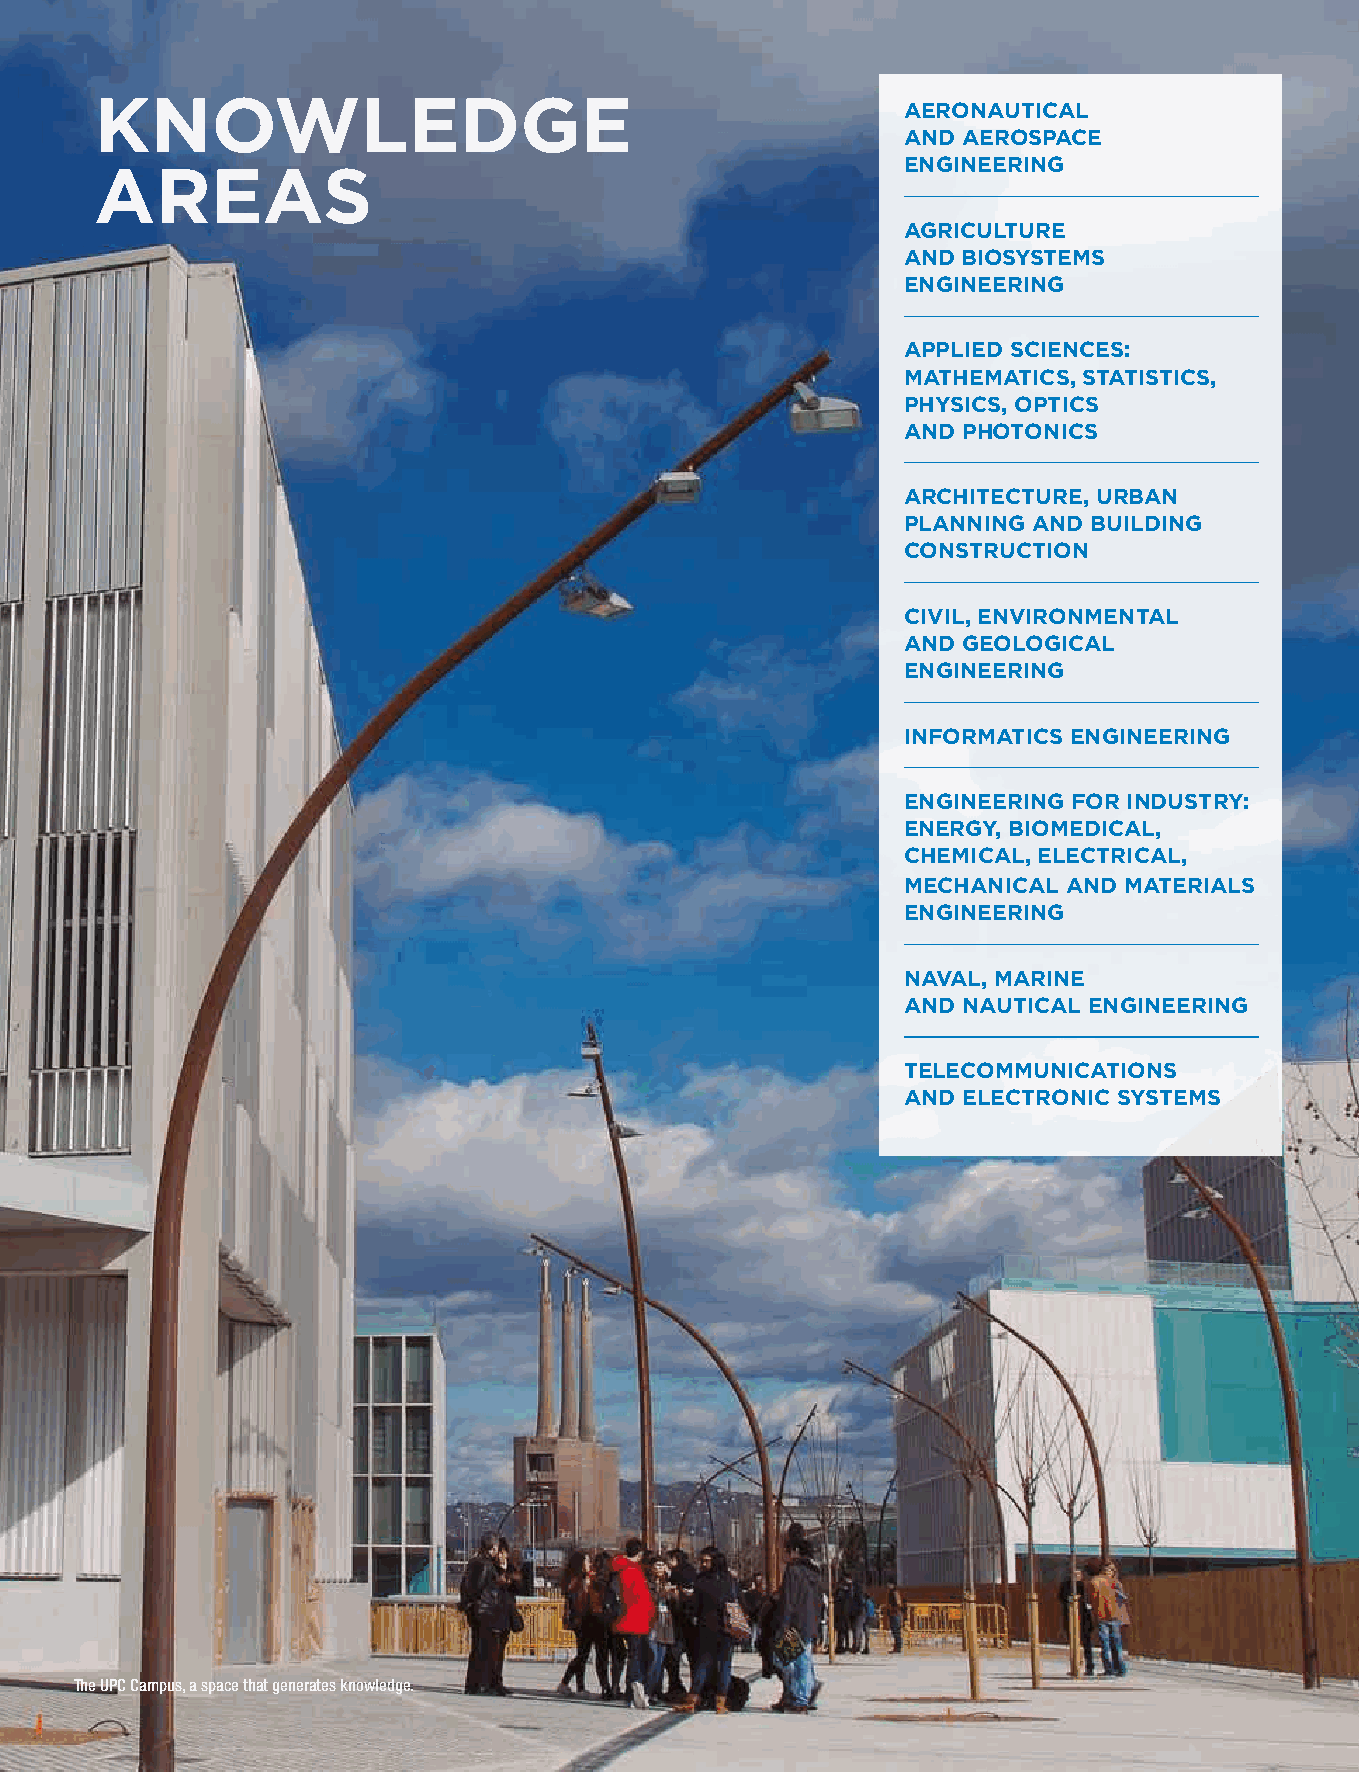
Knowledge
 aeronautical
 and aerospace
 areas                                                 engineering
 agriculture
 and Biosystems
 engineering
 applied sciences:
 mathematics, statistics,
 physics, optics
 and photonics
 architecture, urBan
 planning and Building
 construction
 civil, environmental
 and geological
 engineering
 informatics engineering
 engineering for industry:
 energy, Biomedical,
 chemical, electrical,
 mechanical and materials
 engineering
 naval, marine
 and nautical engineering
 telecommunications
 and electronic systems
 The UPC Campus, a space that generates knowledge.